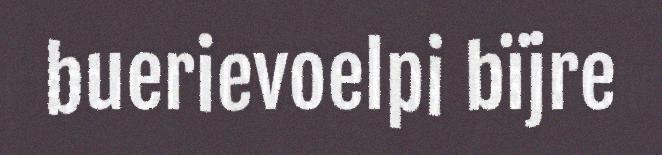
buerievoelpi bïjre